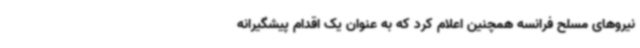
نیروهای مسلح فرانسه همچنین اعلام کرد که به عنوان یک اقدام پیشگیرانه